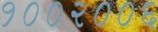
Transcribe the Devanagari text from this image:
१००२००६